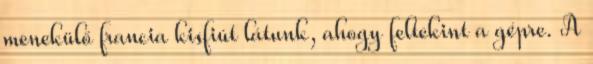
menekülő francia kisfiút látunk, ahogy feltekint a gépre. A